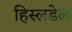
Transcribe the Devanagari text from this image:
हिस्लडेल